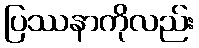
ပြဿနာကိုလည်း